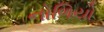
નોળિયો